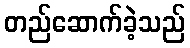
တည်ဆောက်ခဲ့သည်